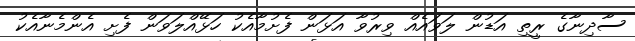
ސާދިނާގެ ރީތި އަޑުން ލަވައެއް ވިރުވާ އަޅަން ފެށުމާއެކު ހަޅޭއްލަވަން ފެށި އެންމެނާއެކު